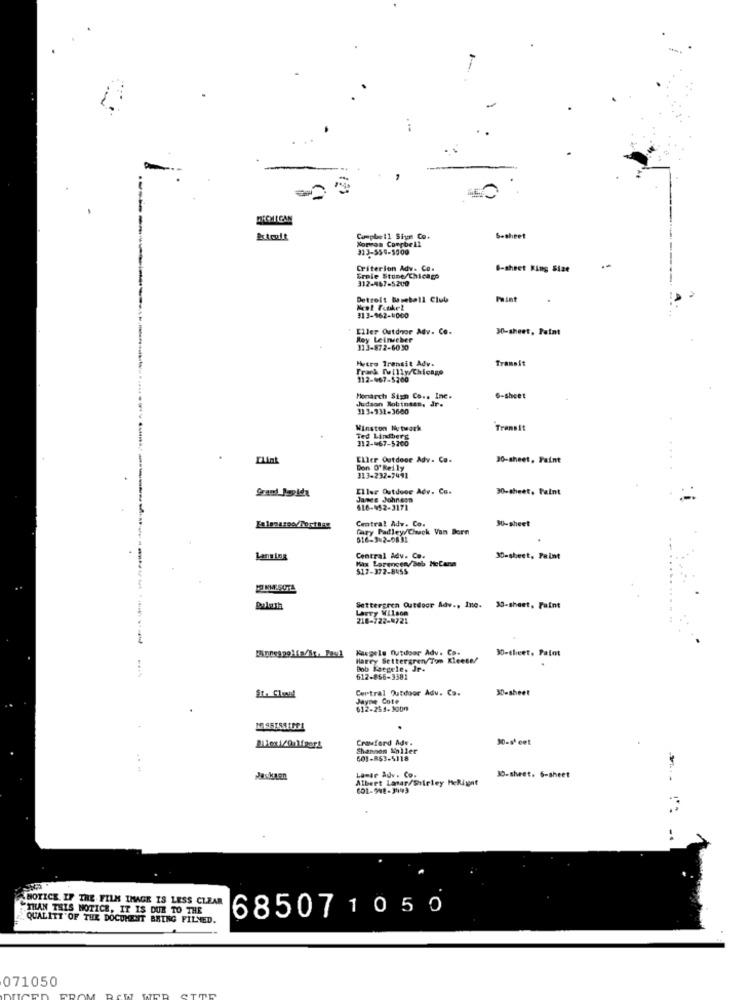
Cumple11 Sium Co.
Norran Campbell
5-sheet
313-554-5500
Criterion Adv. Co.
G-sheet King Size
Erole Stone/Chicago
312-467-5200
Detroit Baseball Club
Paint
313-962-1000
Eller Outdoor Adv. Co.
30-sheet, Paint
Roy Leinecher
313-872-6030
Metro Transit Adv.
Transit
Track [willy Chicago
312-467-5260
Monarch Sign Co .. Inc.
Judson Robinses, dr.
6-sheet
113-332-3680
Winston Network
Transit
Ted Lindberg
312-67-5260
Clint
Eller Outdoor Adv. Co.
30-sheet, Paint
Don O' Reily
313-232-7441
Eller Outdoor Adv. Co.
30-sheet. Paint
James Johnson
616-452-3171
Central Adv. Co.
90-sheet
Cary Padley Check Von Bern
616-342-9831
Lansing
Central Adv. Co.
Max Larencen/Bob HeCana
30-sheet, Faint
517-372-8455
Boleth
Settergren Outdoor Adv ., Inc. 30-sheet. Faint
Larry Wilson
218-722-8721
Kasgele Outdoor Adv. Co.
30-sheet, Palot
Harry Settergren/Tom Kleese/
Bob Kacgele, Jr.
612-856-3381
Central Outdoor Adv. Co.
30-sheet
Jayne Cote
612-254-3000
Crawford Adv.
30-s cet
Wiexi/0 Mfpert
Shannon Moller
601-R63-5118
Lamar Adv. Co.
Albert Lasar/Shirley HeRigat
30-sheet. 6-sheet
NOTICE IF THE FILM IMAGE IS LESS CLEAR
THAN THIS NOTICE, IT IS DUE TO THE
68507 1050
QUALITY OF THE DOCUMENT BRING FILMED.
071050